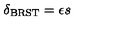
\delta _ { \mathrm { \scriptsize B R S T } } = \epsilon s